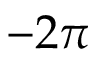
- 2 \pi